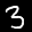
Label: 3